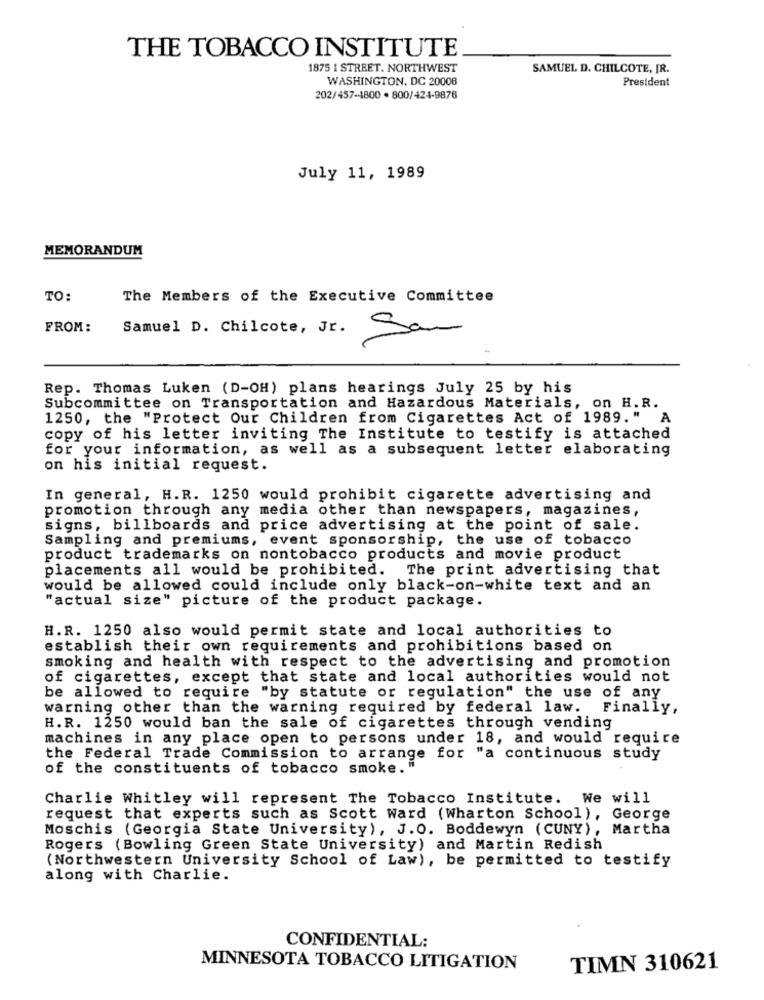
THE TOBACCO INSTITUTE
1875 1 STREET. NORTHWEST
SAMUEL D. CHILCOTE, JR.
WASHINGTON, DC 20008
President
202/457-1800 . 800/424-9876
July 11, 1989
MEMORANDUM
TO:
The Members of the Executive Committee
FROM:
Samuel D. Chilcote, Jr.
San
Rep. Thomas Luken (D-OH) plans hearings July 25 by his
Subcommittee on Transportation and Hazardous Materials, on H.R.
1250, the "Protect Our Children from Cigarettes Act of 1989." A
copy of his letter inviting The Institute to testify is attached
for your information, as well as a subsequent letter elaborating
on his initial request.
In general, H.R. 1250 would prohibit cigarette advertising and
promotion through any media other than newspapers, magazines,
signs, billboards and price advertising at the point of sale.
Sampling and premiums, event sponsorship, the use of tobacco
product trademarks on nontobacco products and movie product
placements all would be prohibited. The print advertising that
would be allowed could include only black-on-white text and an
"actual size" picture of the product package.
H.R. 1250 also would permit state and local authorities to
establish their own requirements and prohibitions based on
smoking and health with respect to the advertising and promotion
of cigarettes, except that state and local authorities would not
be allowed to require "by statute or regulation" the use of any
warning other than the warning required by federal law.
Finally,
H.R. 1250 would ban the sale of cigarettes through vending
machines in any place open to persons under 18, and would require
the Federal Trade Commission to arrange for "a continuous study
of the constituents of tobacco smoke."
Charlie Whitley will represent The Tobacco Institute. We will
request that experts such as Scott Ward (Wharton School), George
Moschis (Georgia State University), J.O. Boddewyn (CUNY), Martha
Rogers (Bowling Green State University) and Martin Redish
(Northwestern University School of Law), be permitted to testify
along with Charlie.
CONFIDENTIAL:
MINNESOTA TOBACCO LITIGATION
TIMN 310621